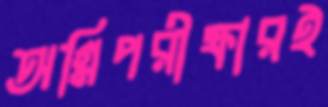
অগ্নিপরীক্ষারই